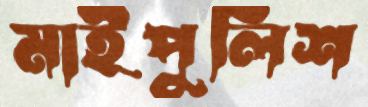
মাইপুলিশ